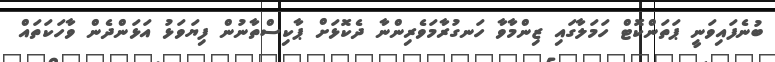
ބުނެފައިވަނީ ޕަތަންކޮޓް ހަމަލާގައި ޒިންމާވާ ހަނގުރާމަވެރިންނާ ދެކޮޅަށް ޕާކިސްތާނުން ފިޔަވަޅު އަޅަންދެން ވާހަކަތައް